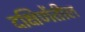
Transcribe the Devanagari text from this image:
दक्षिणेंतील